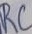
Text: RC